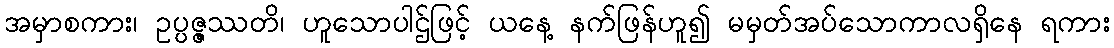
အမှာစကား၊ ဥပ္ပဇ္ဇဿတိ၊ ဟူသောပါဌ်ဖြင့် ယနေ့ နက်ဖြန်ဟူ၍ မမှတ်အပ်သောကာလရှိနေ ရကား